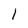
Character: 1